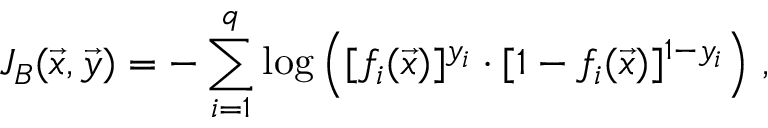
J _ { B } ( \Vec { x } , \Vec { y } ) = - \sum _ { i = 1 } ^ { q } \log \left( [ f _ { i } ( \Vec { x } ) ] ^ { y _ { i } } \cdot [ 1 - f _ { i } ( \Vec { x } ) ] ^ { 1 - y _ { i } } \right) \, ,